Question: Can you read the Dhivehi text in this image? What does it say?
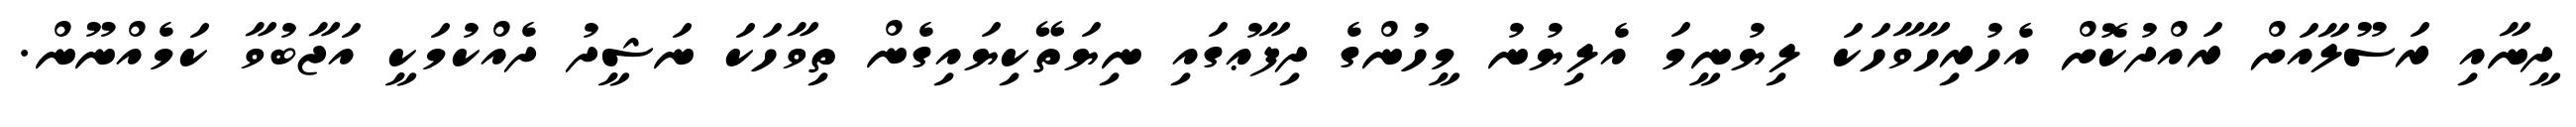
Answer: ދީނާއި ރަސޫލާއަށް ރައްދުކޮށް އެހުރިހާވާހަކަ ލިޔުނީމަ އެލިޔުނު މީހުންގެ ދިފާޢުގައި ނިޔަތޭކިޔައިގެން ތިވާހަކަ ނަޝީދު ދެއްކުމަކީ އަޖާބުވާ ކަމެއްނޫން.